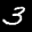
Label: 3